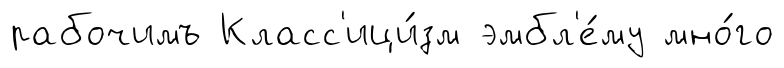
рабочимъ Класс'ици́зм эмбл'е́му мно́го